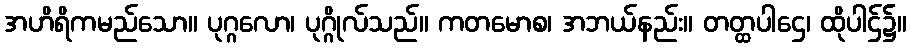
အဟိရိကမည်သော။ ပုဂ္ဂလော၊ ပုဂ္ဂိုလ်သည်။ ကတမောစ၊ အဘယ်နည်း။ တတ္ထပါဌေ၊ ထိုပါဌ်၌။